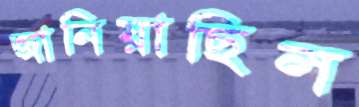
জানিয়াছিল